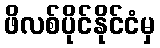
ဖိလစ်ပိုင်နိုင်ငံမှ